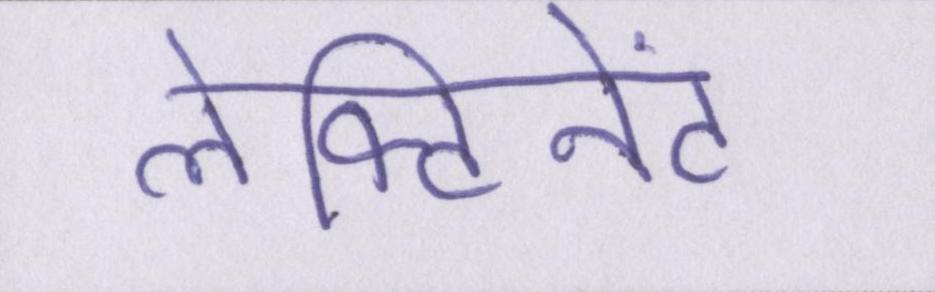
लेफ्टिनेंट